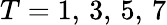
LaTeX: T=1,\, 3,\, 5,\, 7